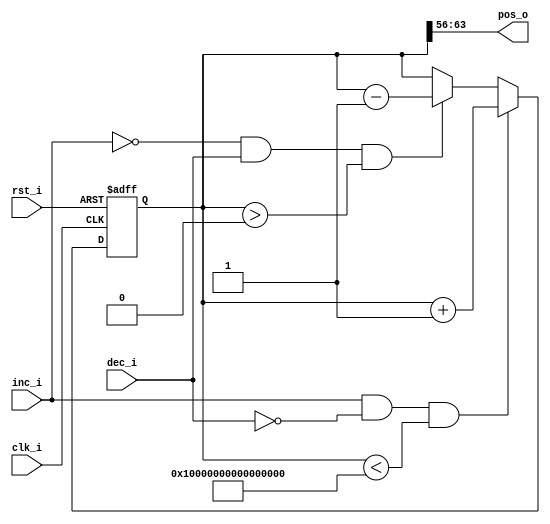
module CountDeCount #(
    parameter OUT_REG_SIZE = 8,
    parameter INT_REG_SIZE = 64
)(
    input clk_i,
    input rst_i,
    //increment/decrement driver
    input inc_i,
    input dec_i,
    // position output
    output reg [OUT_REG_SIZE-1:0] pos_o
);

reg [INT_REG_SIZE-1:0] counter;
assign pos_o = counter[INT_REG_SIZE-1:INT_REG_SIZE-OUT_REG_SIZE];

always @(posedge clk_i or posedge rst_i)
begin
    if(rst_i)
    begin
        counter = {INT_REG_SIZE{1'b0}};
    end
    else begin
        if(inc_i & !dec_i & (counter < {INT_REG_SIZE{1'b1}}))
            counter <= counter + 1'b1;
        else if(!inc_i & dec_i & (counter > {INT_REG_SIZE{1'b0}}))
            counter <= counter - 1'b1;
    end
end

endmodule